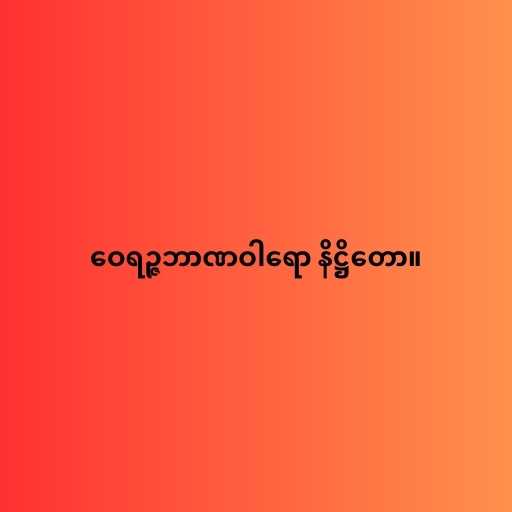
ဝေရဉ္ဇဘာဏဝါရော နိဋ္ဌိတော။